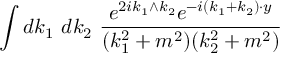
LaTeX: \int d k _ { 1 } \ d k _ { 2 } \ \frac { e ^ { 2 i k _ { 1 } \wedge k _ { 2 } } e ^ { - i ( k _ { 1 } + k _ { 2 } ) \cdot y } } { ( k _ { 1 } ^ { 2 } + m ^ { 2 } ) ( k _ { 2 } ^ { 2 } + m ^ { 2 } ) }